Vaccination in the Punjab 1919-1929 - 1919-1929
Year: 1919
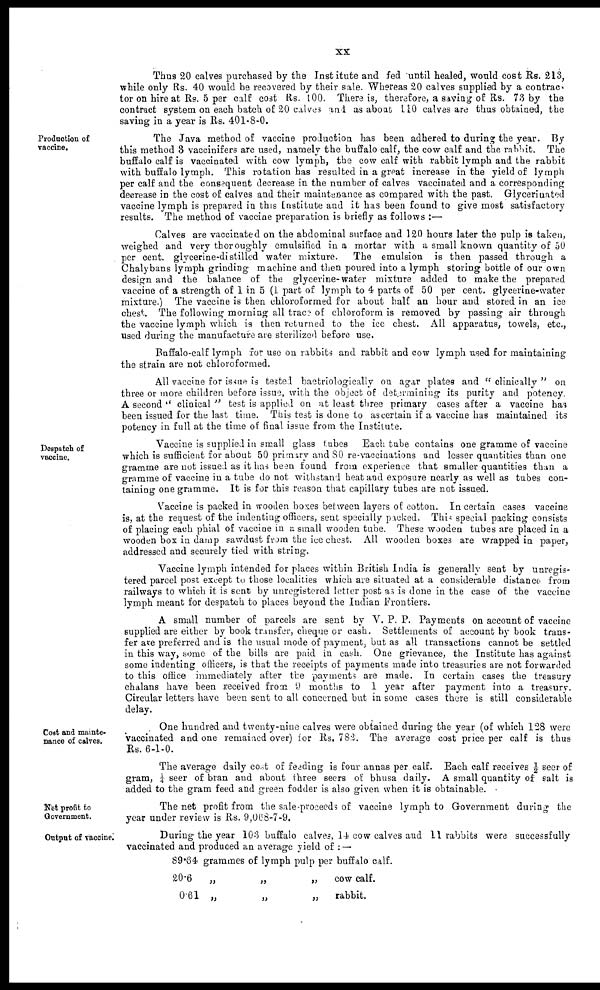
xx
Thus 20 calves purchased by the Institute and fed until healed, would cost Rs. 213,
while only Rs. 40 would be recovered by their sale. Whereas 20 calves supplied by a contrac¬
tor on hire at Rs. 5 per calf cost Rs. 100. There is, therefore, a saving of Rs. 73 by the
contract system on each batch of 20 calves and as about. 110 calves are thus obtained, the
saving in a year is Rs. 401-8-0.
Production of
vaccine.
The Java method of vaccine production has been adhered to during the year. By
this method 3 vaccinifers are used, namely the buffalo calf, the cow calf and the rabbit. The
buffalo calf is vaccinated with cow lymph, the cow calf with rabbit lymph and the rabbit
with buffalo lymph. This rotation has resulted in a great increase in the yield of lymph
per calf and the consequent decrease in the number of calves vaccinated and a corresponding
decrease in the cost of calves and their maintenance as compared with the past. Glycerinated
vaccine lymph is prepared in this Institute and it has been found to give most satisfactory
results. The method of vaccine preparation is briefly as follows :—
Calves are vaccinated on the abdominal surface and 120 hours later the pulp is taken,
weighed and very thoroughly emulsified in a mortar with a small known quantity of 50
per cent. glycerine-distilled water mixture.
The emulsion is then passed through a
Chalybans lymph grinding machine and then poured into a lymph storing bottle of our own
design and the balance of the glycerine-water mixture added to make the prepared
vaccine of a strength of 1 in 5 (1 part of lymph to 4 parts of 50 per cent. glycerine-water
mixture.) The vaccine is then chloroformed for about half an hour and stored in an ice
chest. The following morning all trace of chloroform is removed by passing air through
the vaccine lymph which is then returned to the ice chest. All apparatus, towels, etc.,
used during the manufacture are sterilized before use.
Buffalo-calf lymph for use on rabbits and rabbit and cow lymph used for maintaining
the strain are not chloroformed.
All vaccine for issue is tested bactriologically on agar plates and "clinically" on
three or more children before issue, with the object of determining its purity and potency.
A second "clinical" test is applied on at least three primary cases after a vaccine has
been issued for the last time. This test is done to ascertain if a vaccine has maintained its
potency in full at the time of final issue from the Institute.
Despatch of
vaccine.
Vaccine is supplied in small glass tubes Each tube contains one gramme of vaccine
which is sufficient for about 50 primary and 80 re-vaccinations and lesser quantities than one
gramme are not issued as it has been found from experience that smaller quantities than a
gramme of vaccine in a tube do not withstand heat and exposure nearly as well as tubes con-
taining one gramme. It is for this reason that capillary tubes are not issued.
Vaccine is packed in wooden boxes between layers of cotton. In certain cases vaccine
is, at the request of the indenting officers, sent specially packed. This special packing consists
of placing each phial of vaccine in a small wooden tube. These wooden tubes are placed in a
wooden box in damp sawdust from the ice chest. All wooden boxes are wrapped in paper,
addressed and securely tied with string.
Vaccine lymph intended for places within British India is generally sent by unregis-
tered parcel post except to those localities which are situated at a considerable distance from
railways to which it is sent by unregistered letter post as is done in the case of the vaccine
lymph meant for despatch to places beyond the Indian Frontiers.
A small number of parcels are sent by V. P. P. Payments on account of vaccine
supplied are either by book transfer, cheque or cash. Settlements of account by book trans-
fer are preferred and is the usual mode of payment, but as all transactions cannot be settled
in this way, some of the bills are paid in cash. One grievance, the Institute has against
some indenting officers, is that the receipts of payments made into treasuries are not forwarded
to this office immediately after the payments are made. In certain cases the treasury
chalans have been received from 9 months to 1 year after payment into a treasury.
Circular letters have been sent to all concerned but in some cases there is still considerable
delay.
Cost and mainte-
nance of calves.
One hundred and twenty-nine calves were obtained during the year (of which 128 were
vaccinated and one remained over) for Rs. 782. The average cost price per calf is thus
Rs. 6-1-0.
The average daily cost of feeding is four annas per calf. Each calf receives ½ seer of
gram, ¼ seer of bran and about three seers of bhusa daily. A small quantity of salt is
added to the gram feed and green fodder is also given when it is obtainable.
Net profit to
Government.
The net profit from the sale-proceeds of vaccine lymph to Government during the
year under review is Rs. 9,068-7-9.
Output of vaccine.
During the year 103 buffalo calves, 14 cow calves and 11 rabbits were successfully
vaccinated and produced an average yield of :—
89.64
20.6
0.61
grammes of lymph pulp per buffalo calf.
„
„
„
cow calf.
„
„
„
rabbit.